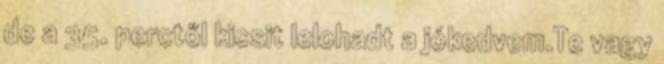
de a 35. perctől kicsit lelohadt a jókedvem.Te vagy